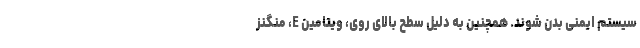
سیستم ایمنی بدن شوند. همچنین به دلیل سطح بالای روی، ویتامین E، منگنز